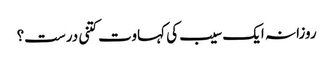
روزانہ ایک سیب کی کہاوت کتنی درست؟